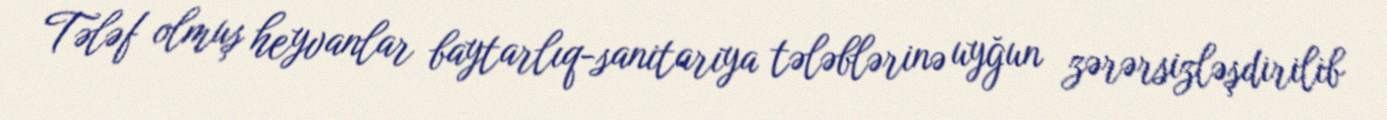
Tələf olmuş heyvanlar baytarlıq-sanitariya tələblərinə uyğun zərərsizləşdirilib